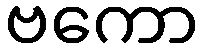
ဗကော